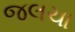
જલચા